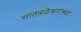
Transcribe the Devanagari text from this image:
सातवळेकरांच्या